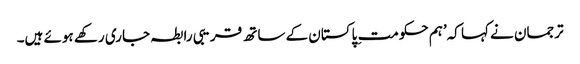
ترجمان نے کہا کہ’ہم حکومت ِ پاکستان کے ساتھ قریبی رابطہ جاری رکھے ہوئے ہیں۔